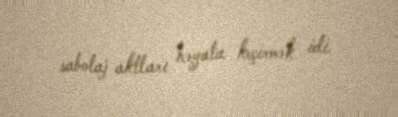
sabotaj aktları həyata keçirmək idi.